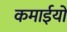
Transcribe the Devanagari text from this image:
कमाईयों